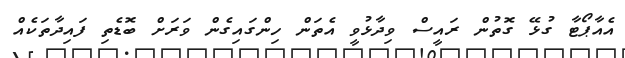
އެއާޕޯޓާ ގުޅޭ ގޮތުން ރައީސް ވިދާޅުވީ އެތަން ހިންގައިގެން ވަރަށް ބޮޑެތި ފައިދާތަކެއް